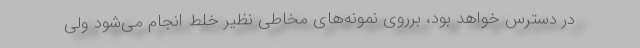
در دسترس خواهد بود، برروی نمونه‌های مخاطی نظیر خلط انجام می‌شود ولی